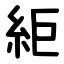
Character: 䋌